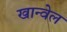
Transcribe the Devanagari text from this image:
खान्वेल